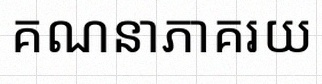
គណនាភាគរយ